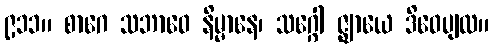
၉၁၁။ စာဂေ သဘာဝေ နိမ္မာနေ၊ သဂ္ဂေါ ဇ္ဈာယေ ဒိဝေပျထ။